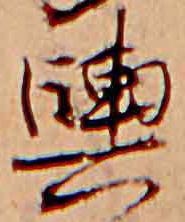
輿